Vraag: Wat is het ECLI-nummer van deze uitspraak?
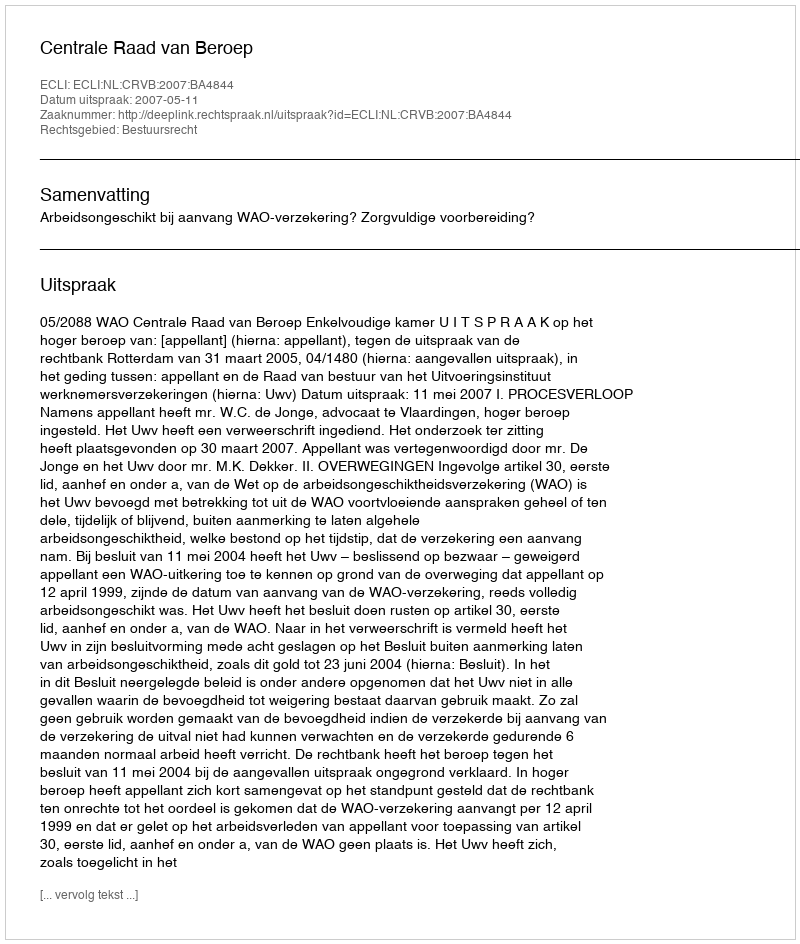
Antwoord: ECLI:NL:CRVB:2007:BA4844